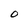
Character: 0